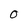
Character: O